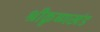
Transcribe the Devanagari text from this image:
श्रीकृष्णखंड